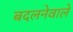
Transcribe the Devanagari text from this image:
बदलनेवाले